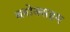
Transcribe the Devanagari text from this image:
ब्लोक्सहम